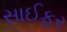
સાઈફર